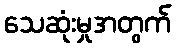
သေဆုံးမှုအတွက်